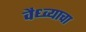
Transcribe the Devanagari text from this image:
वैध्व्याचा